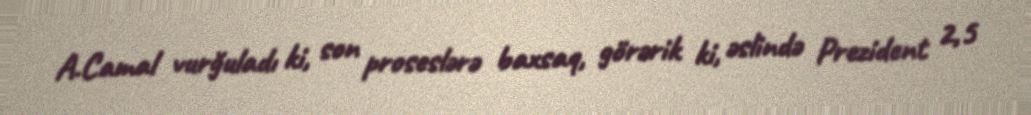
A.Camal vurğuladı ki, son proseslərə baxsaq, görərik ki, əslində Prezident 2,5